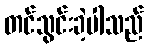
တင်သွင်းခဲ့ပါသည်